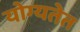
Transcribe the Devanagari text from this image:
योग्यतेत